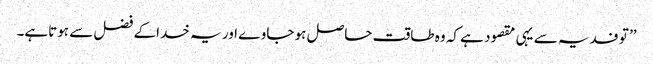
’’ تو فدیہ سے یہی مقصود ہے کہ وہ طاقت حاصل ہو جاوے اور یہ خداکے فضل سے ہوتاہے۔